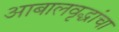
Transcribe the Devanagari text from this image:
आबालवृद्धांचा